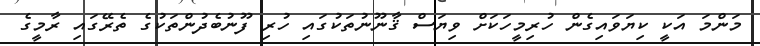
މަންމަ އަކީ ކިޔަވައިގެން ހުރިމީހަކަށް ވިޔަސް ޤާނޫނުތަކުގައި ހުރި ފޫނުބެދުންތަކުގެ ތެރޭގައި ރާމީގެ